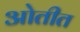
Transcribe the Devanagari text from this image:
ओतीत